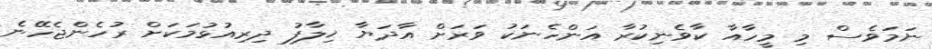
ނަމަވެސް މި މީހާއާ ކާވެނިކުރާ އަންހެނަކު ވަރަށް އާދަޔާ ޚިލާފު ދިރިއުޅުމަކަށް ރުހެންޖެހޭނެ